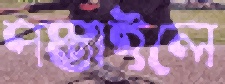
পস্তাইলে